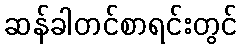
ဆန်ခါတင်စာရင်းတွင်